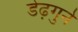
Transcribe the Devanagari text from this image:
डेढ़गुने